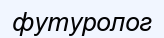
футуролог